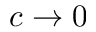
c \to 0